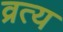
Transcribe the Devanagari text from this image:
व्रत्य